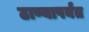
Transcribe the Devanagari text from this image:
ठाण्यापर्यंत